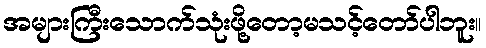
အများကြီးသောက်သုံးဖို့တော့မသင့်တော်ပါဘူး။